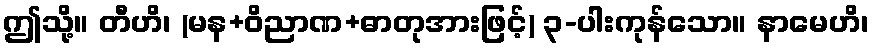
ဤသို့။ တီဟိ၊ (မန+ဝိညာဏ+ဓာတုအားဖြင့်) ၃-ပါးကုန်သော။ နာမေဟိ၊